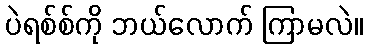
ပဲရစ်စ်ကို ဘယ်လောက် ကြာမလဲ။